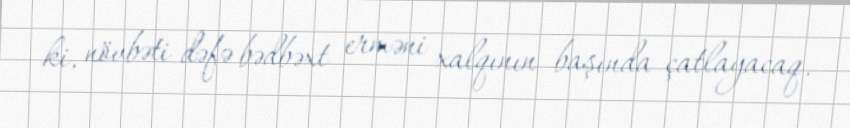
ki, növbəti dəfə bədbəxt erməni xalqının başında çatlayacaq.